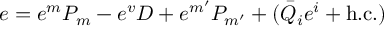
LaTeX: e = e ^ { m } P _ { m } - e ^ { v } D + e ^ { m ^ { \prime } } P _ { m ^ { \prime } } + ( \bar { Q } _ { i } e ^ { i } + \mathrm { h . c . } ) \,